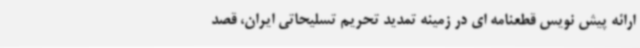
ارائه پیش نویس قطعنامه ای در زمینه تمدید تحریم تسلیحاتی ایران، قصد